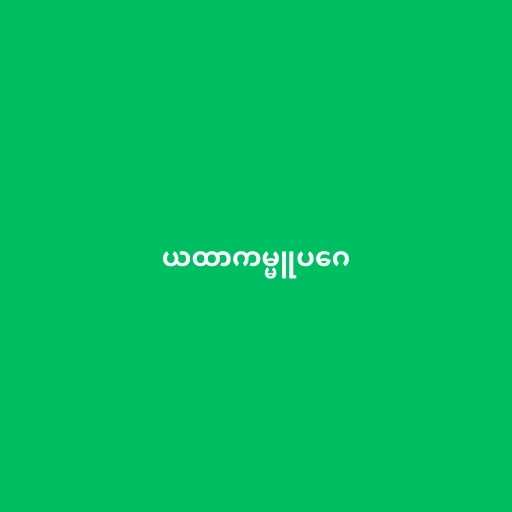
ယထာကမ္မူပဂေ